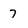
Character: 7